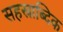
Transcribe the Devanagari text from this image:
सहस्राब्दिक